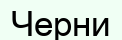
Черни